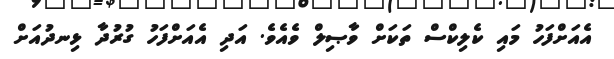
އެއަށްފަހު މައި ކެލިކްސް ތަކަށް ވާޞިލް ވެއެވެ. އަދި އެއަށްފަހު ގުރުދާ ޅިނދުއަށް